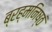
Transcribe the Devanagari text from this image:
ब्रह्मनिष्ठं